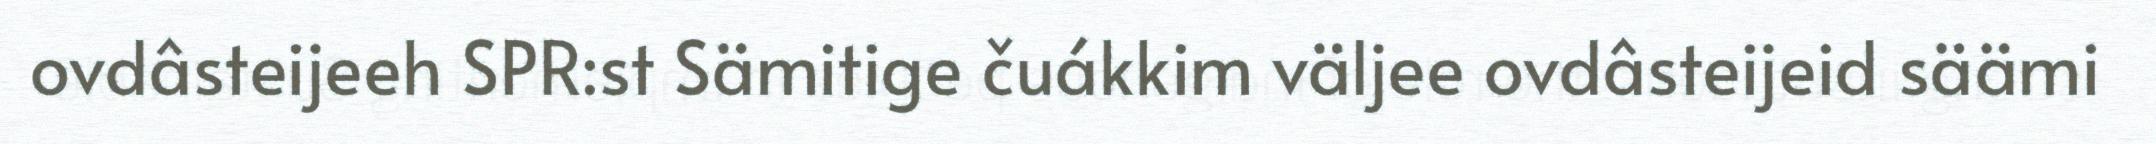
ovdâsteijeeh SPR:st Sämitige čuákkim väljee ovdâsteijeid säämi